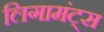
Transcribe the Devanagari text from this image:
लिगामंट्स